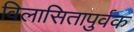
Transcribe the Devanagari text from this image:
विलासितापुर्वक